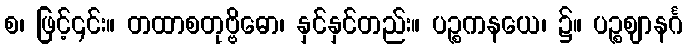
စ၊ ဖြင့်၎င်း။ တထာစတုဗ္ဗိဓော၊ နှင်နှင်တည်း။ ပဉ္စကနယေ၊ ၌။ ပဉ္စဈာနင်္ဂ